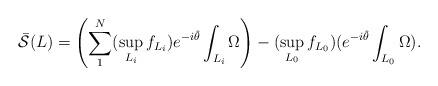
LaTeX: \begin{align*}\bar{\mathcal{S}}(L)=\left( \sum_1^N (\sup_{L_i} f_{L_i}) e^{-i\hat{\theta}}\int_{L_i} \Omega\right) - (\sup_{L_0} f_{L_0}) ( e^{-i\hat{\theta}} \int_{L_0}\Omega).\end{align*}